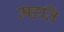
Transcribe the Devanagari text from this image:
महतिं